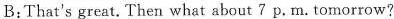
B:That's great. Then what about 7 p.m.tomorrow?